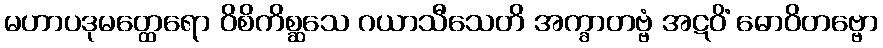
မဟာပဒုမတ္ထေရော ဝိစိကိစ္ဆသေ ဂယာသီသေတိ အက္ခာတဗ္ဗံ အဋဝိံ ဓောဝိတဗ္ဗော